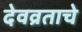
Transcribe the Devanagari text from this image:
देवव्रताचे